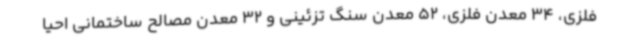
فلزی، 34 معدن فلزی، 52 معدن سنگ تزئینی و 32 معدن مصالح ساختمانی احیا